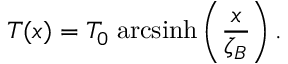
T ( x ) = T _ { 0 } \; \mathrm { a r c s i n h } \left( \frac { x } { \zeta _ { B } } \right) .